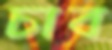
চাব